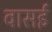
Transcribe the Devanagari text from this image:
वासई